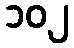
၁၀၂